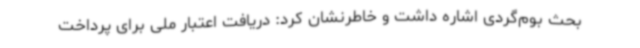
بحث بوم‌گردی اشاره داشت و خاطرنشان کرد: دریافت اعتبار ملی برای پرداخت